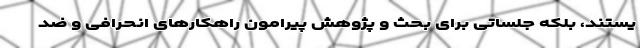
یستند، بلکه جلساتی برای بحث و پژوهش پیرامون راهکارهای انحرافی و ضد